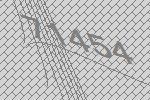
71454